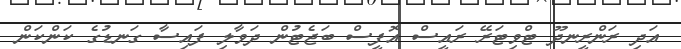
އަދި ރަންރީނދޫ ޓްވިޓަރޭ ރައީސް އޮފީސް ބަޖެޓުން ދަވާލި ފައިސާ ގަނޑުގެ ކަންކަން